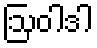
ဩဝါဒါ